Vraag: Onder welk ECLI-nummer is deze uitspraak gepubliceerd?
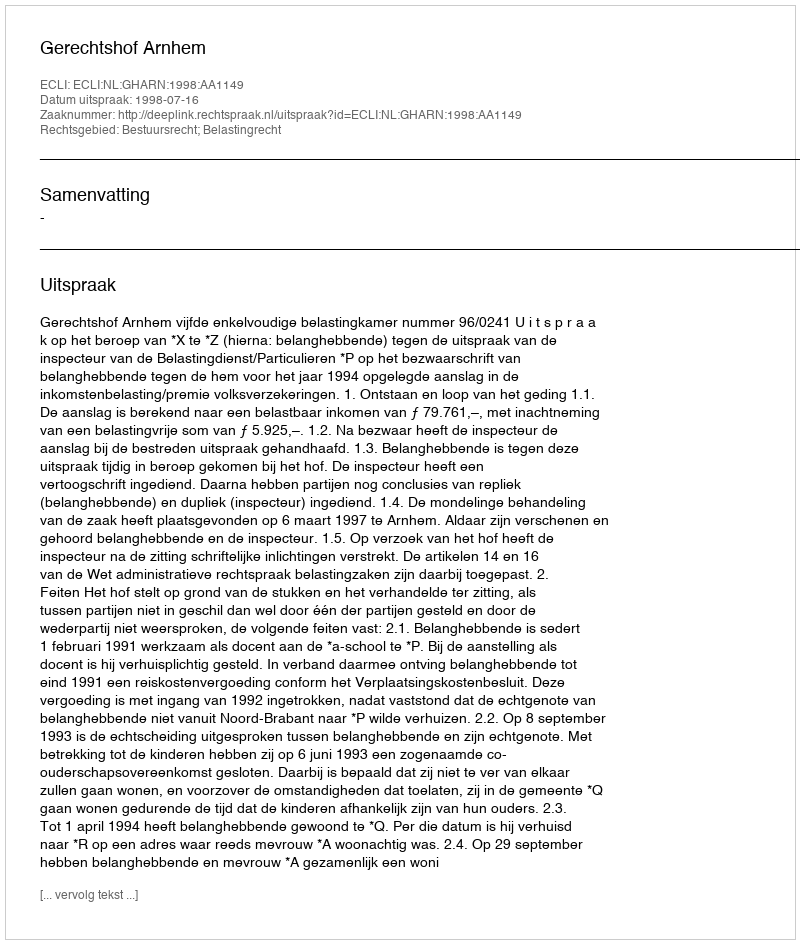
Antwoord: ECLI:NL:GHARN:1998:AA1149